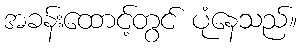
အခန်းထောင့်တွင် ပုံနေသည်။